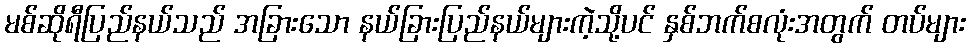
မစ်ဆိုရီပြည်နယ်သည် အခြားသော နယ်ခြားပြည်နယ်များကဲ့သို့ပင် နှစ်ဘက်စလုံးအတွက် တပ်များ